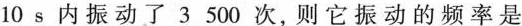
10s内振动了3500次，则它振动的频率是